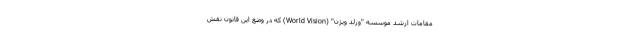
مقامات ارشد موسسه "ورلد ویژن" (World Vision) که در وضع این قانون نقش